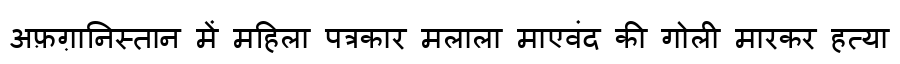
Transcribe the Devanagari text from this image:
अफ़ग़ानिस्तान में महिला पत्रकार मलाला माएवंद की गोली मारकर हत्या